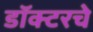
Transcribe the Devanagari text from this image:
डॉक्टरचे